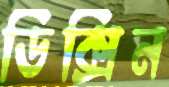
ডিক্সিন